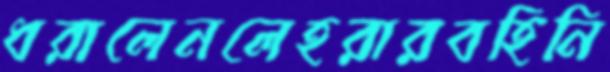
ধরালেনলেহরারবহিনি